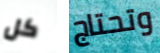
كل وتحتاج